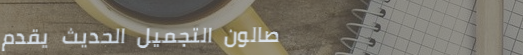
صالون التجميل الحديث يقدم